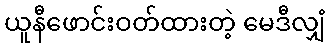
ယူနီဖောင်းဝတ်ထားတဲ့ မေဒီလျှံ